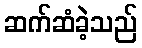
ဆက်ဆံခဲ့သည်